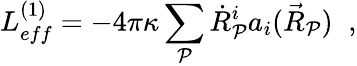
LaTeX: L_{eff}^{(1)}=-4\pi\kappa\sum_{\mathcal{P}}\dot{{R}}_{\mathcal{P}}^{i}a_{i}(\vec{{R}}_{\mathcal{P}})\; \; ,